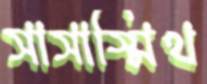
সাসাস্মিথ